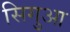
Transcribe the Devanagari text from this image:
सिगुआ